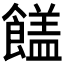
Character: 𩞖